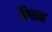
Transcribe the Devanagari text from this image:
पिघान